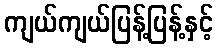
ကျယ်ကျယ်ပြန့်ပြန့်နှင့်